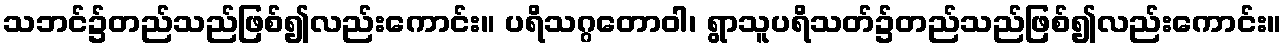
သဘင်၌တည်သည်ဖြစ်၍လည်းကောင်း။ ပရိသဂ္ဂတောဝါ၊ ရွာသူပရိသတ်၌တည်သည်ဖြစ်၍လည်းကောင်း။